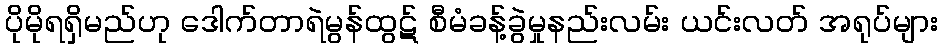
ပိုမိုရရှိမည်ဟု ဒေါက်တာရဲမွန်ထွဋ် စီမံခန့်ခွဲမှုနည်းလမ်း ယင်းလတ် အရုပ်များ